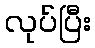
လုပ်ပြီး